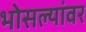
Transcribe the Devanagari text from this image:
भोसल्यांवर